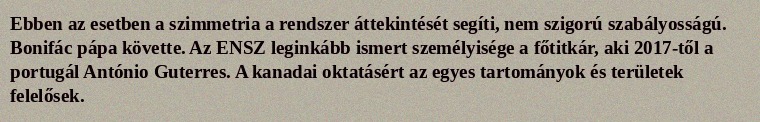
Ebben az esetben a szimmetria a rendszer áttekintését segíti, nem szigorú szabályosságú. Bonifác pápa követte. Az ENSZ leginkább ismert személyisége a főtitkár, aki 2017-től a portugál António Guterres. A kanadai oktatásért az egyes tartományok és területek felelősek.